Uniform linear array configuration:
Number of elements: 48
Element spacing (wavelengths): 1
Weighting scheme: blackman
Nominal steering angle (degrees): -45
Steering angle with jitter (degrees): -43.508
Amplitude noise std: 0.05
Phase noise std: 0.05

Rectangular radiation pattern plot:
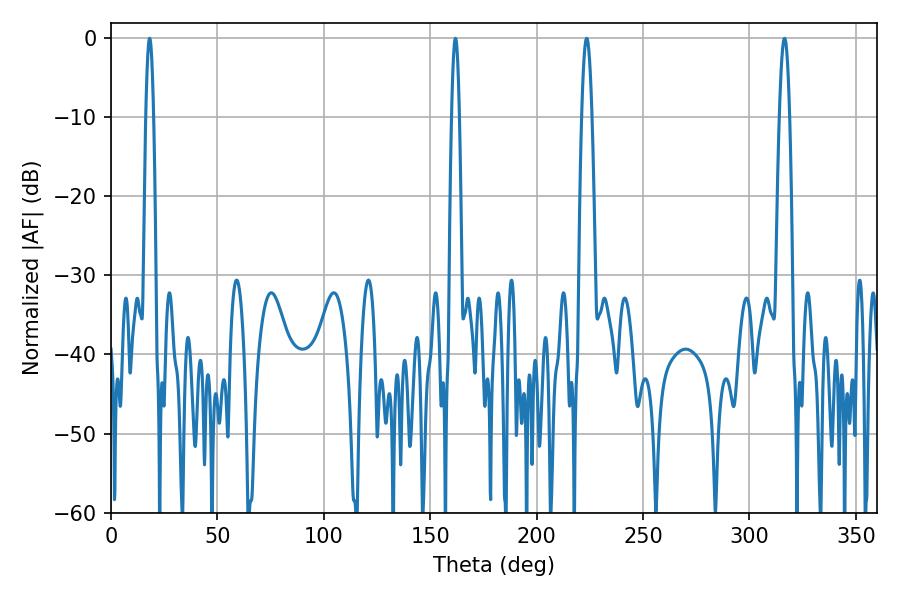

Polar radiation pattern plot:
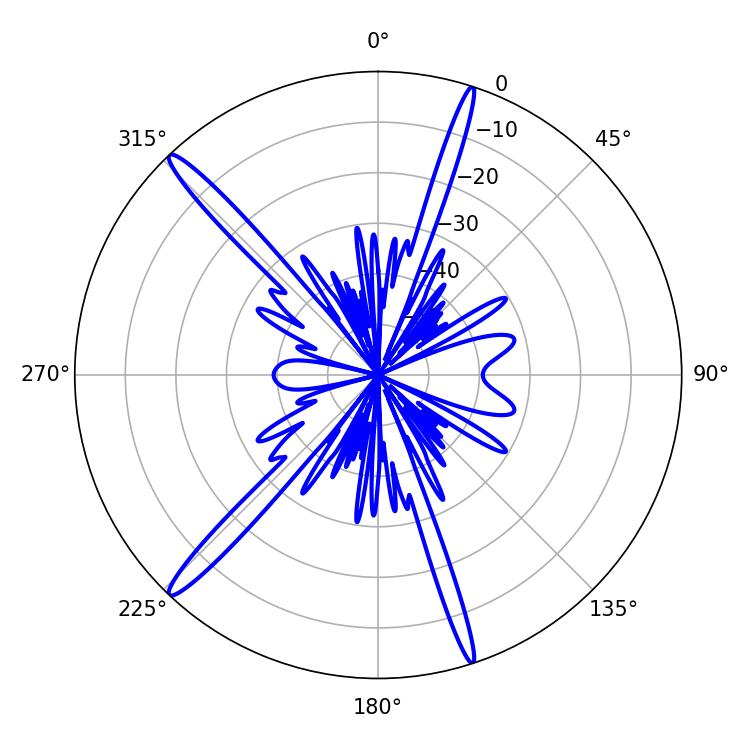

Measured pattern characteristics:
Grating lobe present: TRUE
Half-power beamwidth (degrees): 1.98
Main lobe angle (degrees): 161.82